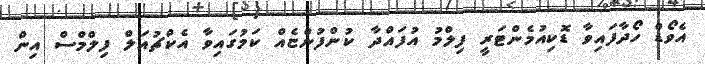
އެވޯޑް ހޯދާފައިވާ ޑޮކިއުމެންޓަރީ ފިލްމު އުފައްދާ ކުންފުންޏެއް ކަމުގައިވާ އެކްޗުއަލް ފިލްމްސް އިން